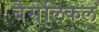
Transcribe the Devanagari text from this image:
बैसेलिकल